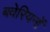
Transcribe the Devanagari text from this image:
बवेरियनों